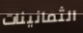
الثمانينات